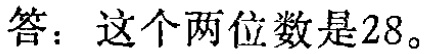
答：这个两位数是$28$。